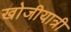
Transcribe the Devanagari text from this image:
खोजीयात्री